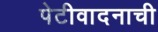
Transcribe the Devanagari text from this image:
पेटीवादनाची